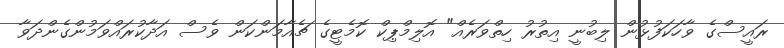
ރައީސްގެ ވާހަކަފުޅުން ލިބުނީ އިތުރު ހިތްވަރެއް" އޮލިމްޕިކް ކޮމެޓީގެ ޗެއާމަންކަން ވެސް އަދާކުރައްވަމުންގެންދަވާ